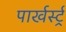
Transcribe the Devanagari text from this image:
पार्खर्स्ट्र